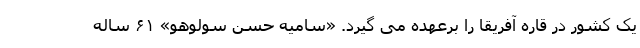
یک کشور در قاره آفریقا را برعهده می گیرد. «سامیه حسن سولوهو» ۶۱ ساله